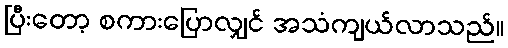
ပြီးတော့ စကားပြောလျှင် အသံကျယ်လာသည်။